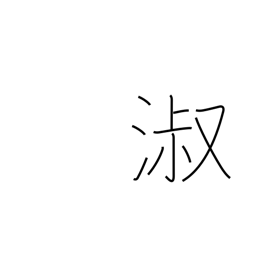
Meaning: graceful